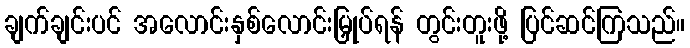
ချက်ချင်းပင် အလောင်းနှစ်လောင်းမြှုပ်ရန် တွင်းတူးဖို့ ပြင်ဆင်ကြသည်။